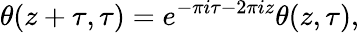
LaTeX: \theta(z+\tau,\tau)=e^{-\pi i\tau-2\pi iz}\theta(z,\tau),